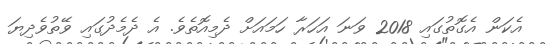
އެކަން އެގޮތުގައި 2018 ވަނަ އަހަރާ ހަމައަށް ދެމިއޮތެވެ. އެ ދެމެދުގައި ވޭތުވެދިޔަ